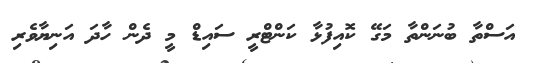
އަސްތާ ބުނަންތާ މަގޭ ކޮއިފުޅާ ކަންޓްރީ ސައިޑް މީ ދެން ހާދަ އަނިޔާވެރި